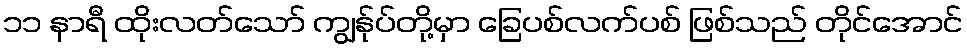
၁၁ နာရီ ထိုးလတ်သော် ကျွန်ုပ်တို့မှာ ခြေပစ်လက်ပစ် ဖြစ်သည် တိုင်အောင်